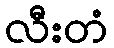
လီးတံ